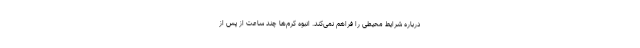
درباره شرایط محیطی را فراهم نمی‌کند. انبوه کرم‌ها چند ساعت از پس از